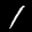
Label: 1